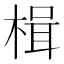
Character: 楫